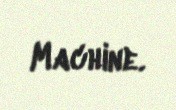
Machine.